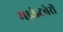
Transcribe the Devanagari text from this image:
माऊंटबेरी